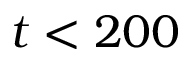
t < 2 0 0